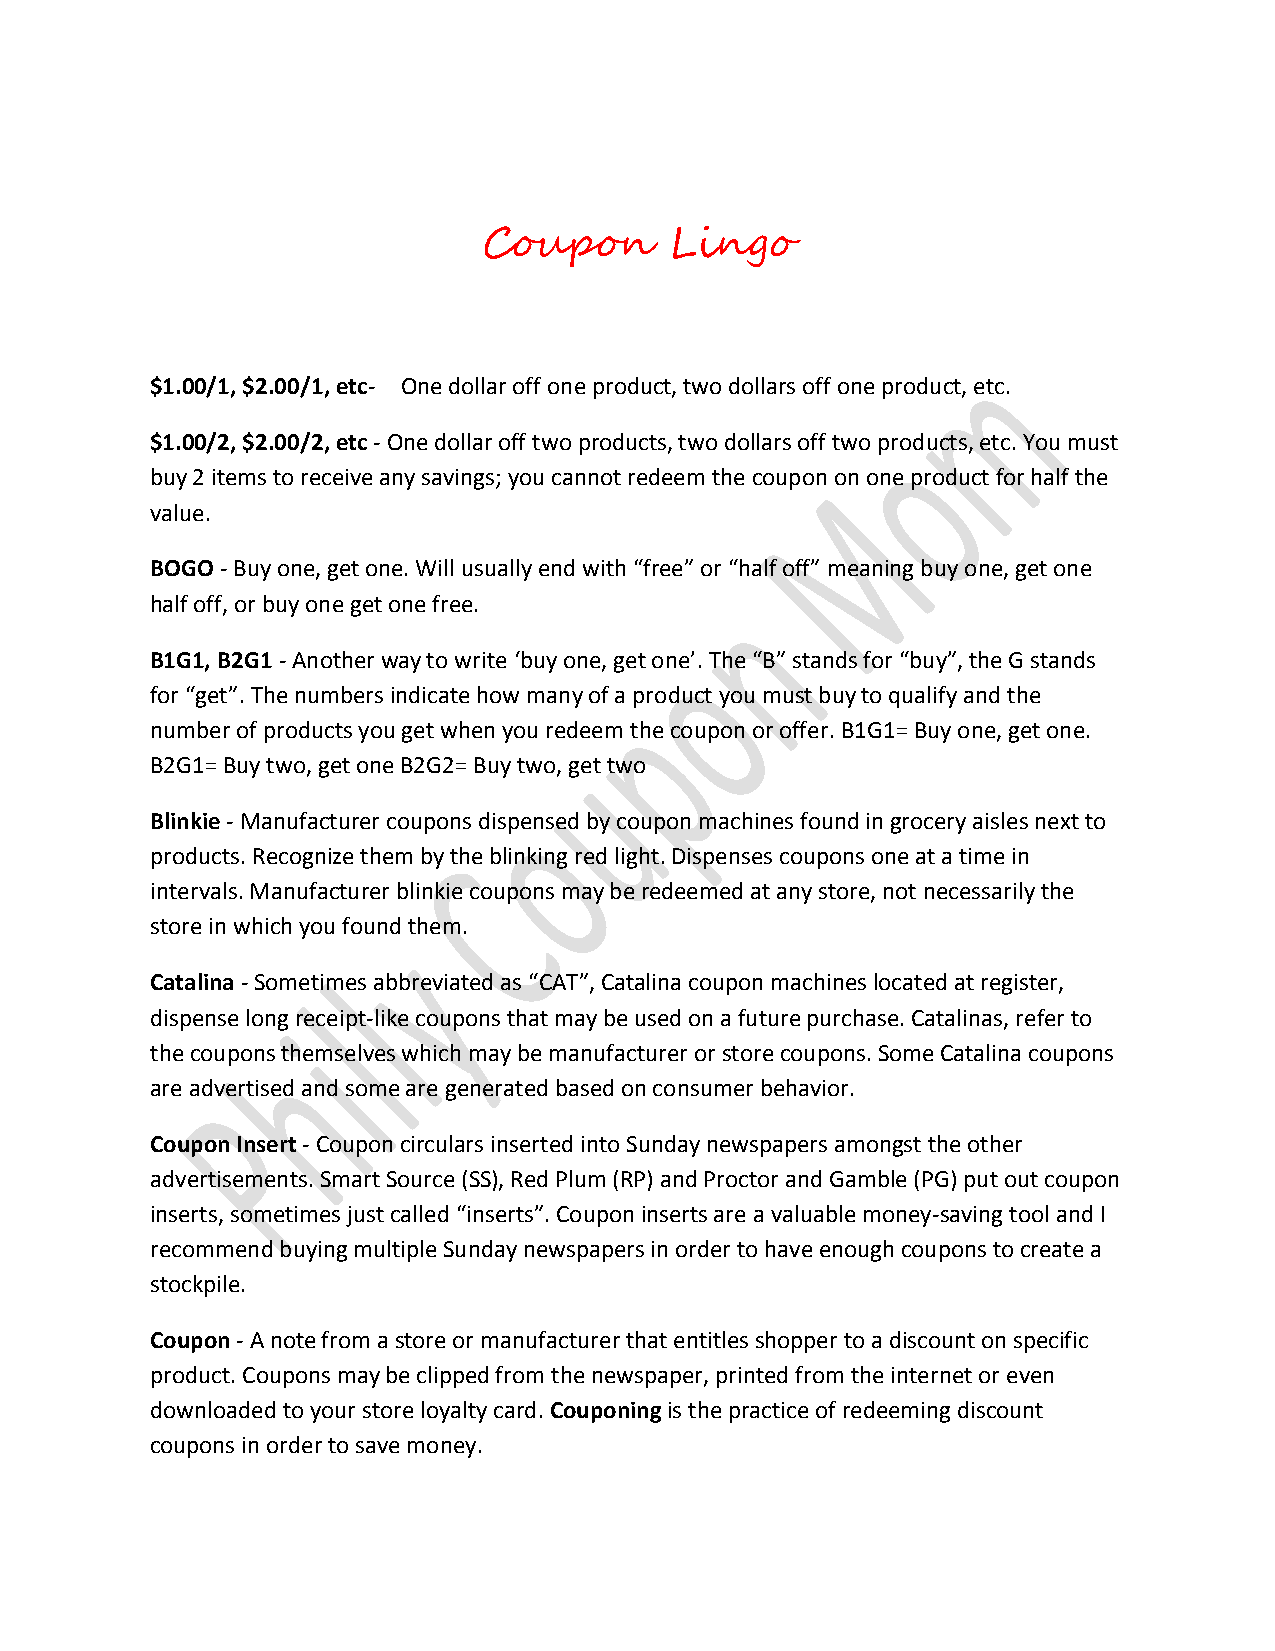
Coupon      Lingo
 $1.00/1, $2.00/1, etc- One dollar off one product, two dollars off one product, etc.
 $1.00/2, $2.00/2, etc - One dollar off two products, two dollars off two products, etc. You must
 buy 2 items to receive any savings; you cannot redeem the coupon on one product for half the
 value.
 BOGO - Buy one, get one. Will usually end with “free” or “half off” meaning buy one, get one
 half off, or buy one get one free.
 B1G1, B2G1 - Another way to write ‘buy one, get one’. The “B” stands for “buy”, the G stands
 for “get”. The numbers indicate how many of a product you must buy to qualify and the
 number of products you get when you redeem the coupon or offer. B1G1= Buy one, get one.
 B2G1= Buy two, get one B2G2= Buy two, get two
 Blinkie - Manufacturer coupons dispensed by coupon machines found in grocery aisles next to
 products. Recognize them by the blinking red light. Dispenses coupons one at a time in
 intervals. Manufacturer blinkie coupons may be redeemed at any store, not necessarily the
 store in which you found them.
 Catalina - Sometimes abbreviated as “CAT”, Catalina coupon machines located at register,
 dispense long receipt-like coupons that may be used on a future purchase. Catalinas, refer to
 the coupons themselves which may be manufacturer or store coupons. Some Catalina coupons
 are advertised and some are generated based on consumer behavior.
 Coupon Insert - Coupon circulars inserted into Sunday newspapers amongst the other
 advertisements. Smart Source (SS), Red Plum (RP) and Proctor and Gamble (PG) put out coupon
 inserts, sometimes just called “inserts”. Coupon inserts are a valuable money-saving tool and I
 recommend buying multiple Sunday newspapers in order to have enough coupons to create a
 stockpile.
 Coupon - A note from a store or manufacturer that entitles shopper to a discount on specific
 product. Coupons may be clipped from the newspaper, printed from the internet or even
 downloaded to your store loyalty card. Couponing is the practice of redeeming discount
 coupons in order to save money.